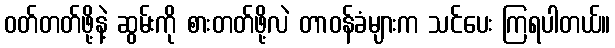
ဝတ်တတ်ဖို့နဲ့ ဆွမ်းကို စားတတ်ဖို့လဲ တာဝန်ခံများက သင်ပေး ကြရပါတယ်။